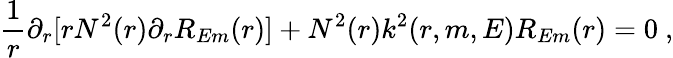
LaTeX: \frac{1}{r}\partial_{r}[rN^{2}(r)\partial_{r}R_{Em}(r)]+N^{2}(r)k^{2}(r,m,E)R_{Em}(r)=0~,